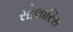
સોલારિસ